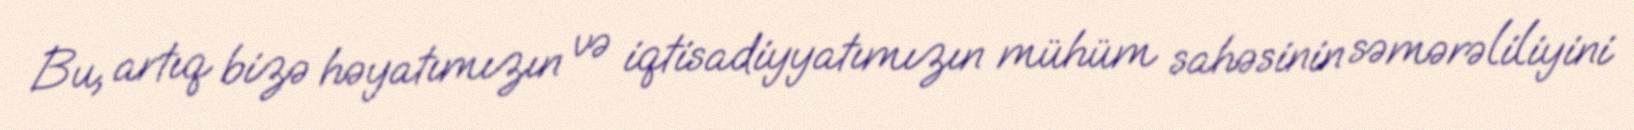
Bu, artıq bizə həyatımızın və iqtisadiyyatımızın mühüm sahəsinin səmərəliliyini